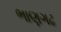
ભાણગઢ